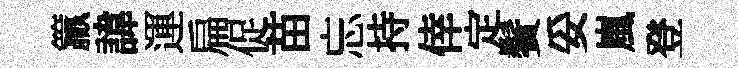
籯諱運扁促苗忘持倖定鬢妥嵐登